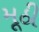
મૂઠી